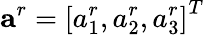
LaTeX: \textbf{a}^{r}=\left[a_{1}^{r},a_{2}^{r},a_{3}^{r}\right]^{T}